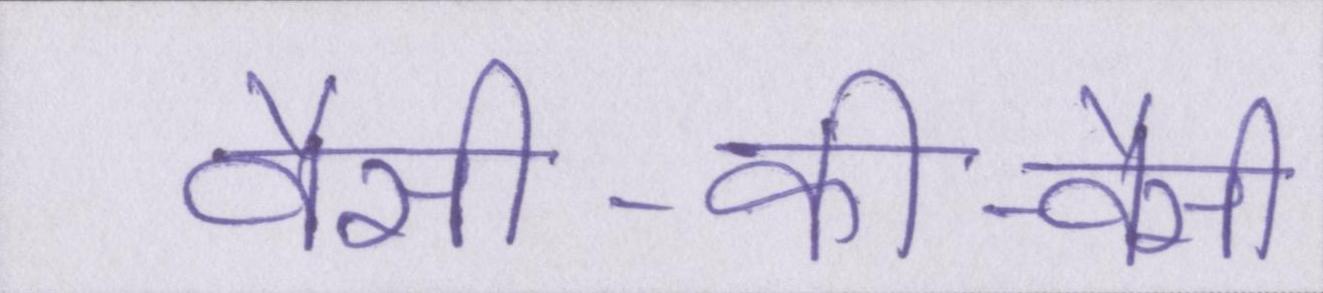
वैसी-की-वैसी